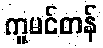
ကူမင်တန်